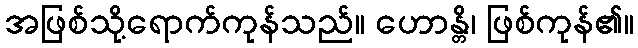
အဖြစ်သို့ရောက်ကုန်သည်။ ဟောန္တိ၊ ဖြစ်ကုန်၏။